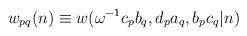
LaTeX: \begin{align*}w_{pq}(n)\equiv w(\omega^{-1}c_pb_q,d_pa_q,b_pc_q|n)\end{align*}